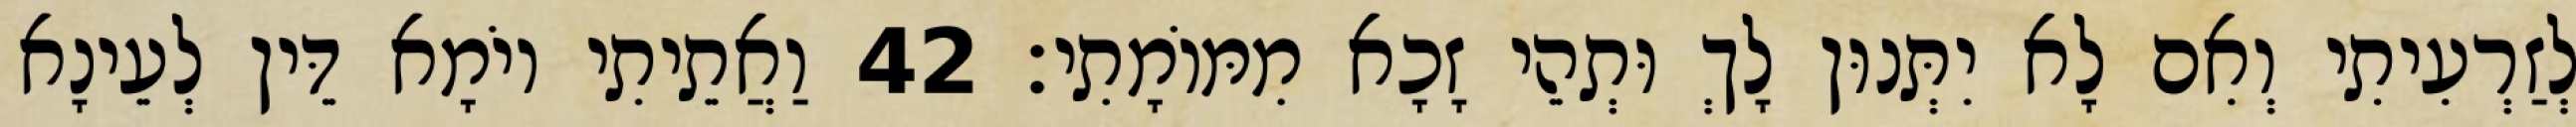
לְזַרְעִיתִי וְאִם לָא יִתְּנוּן לָךְ וּתְהֵי זָכָא מִמּוֹמָתִי׃ 42 וַאֲתֵיתִי יוֹמָא דֵּין לְעֵינָא